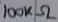
Text: 100KΩ